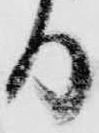
る